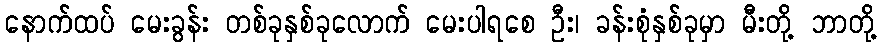
နောက်ထပ် မေးခွန်း တစ်ခုနှစ်ခုလောက် မေးပါရစေ ဦး၊ ခန်းစုံနှစ်ခုမှာ မီးတို့ ဘာတို့